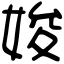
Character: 㛖